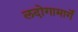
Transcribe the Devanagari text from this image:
लदोगामार्गे